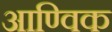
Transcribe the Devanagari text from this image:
आण्‍विक